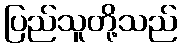
ပြည်သူတို့သည်